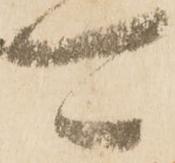
可